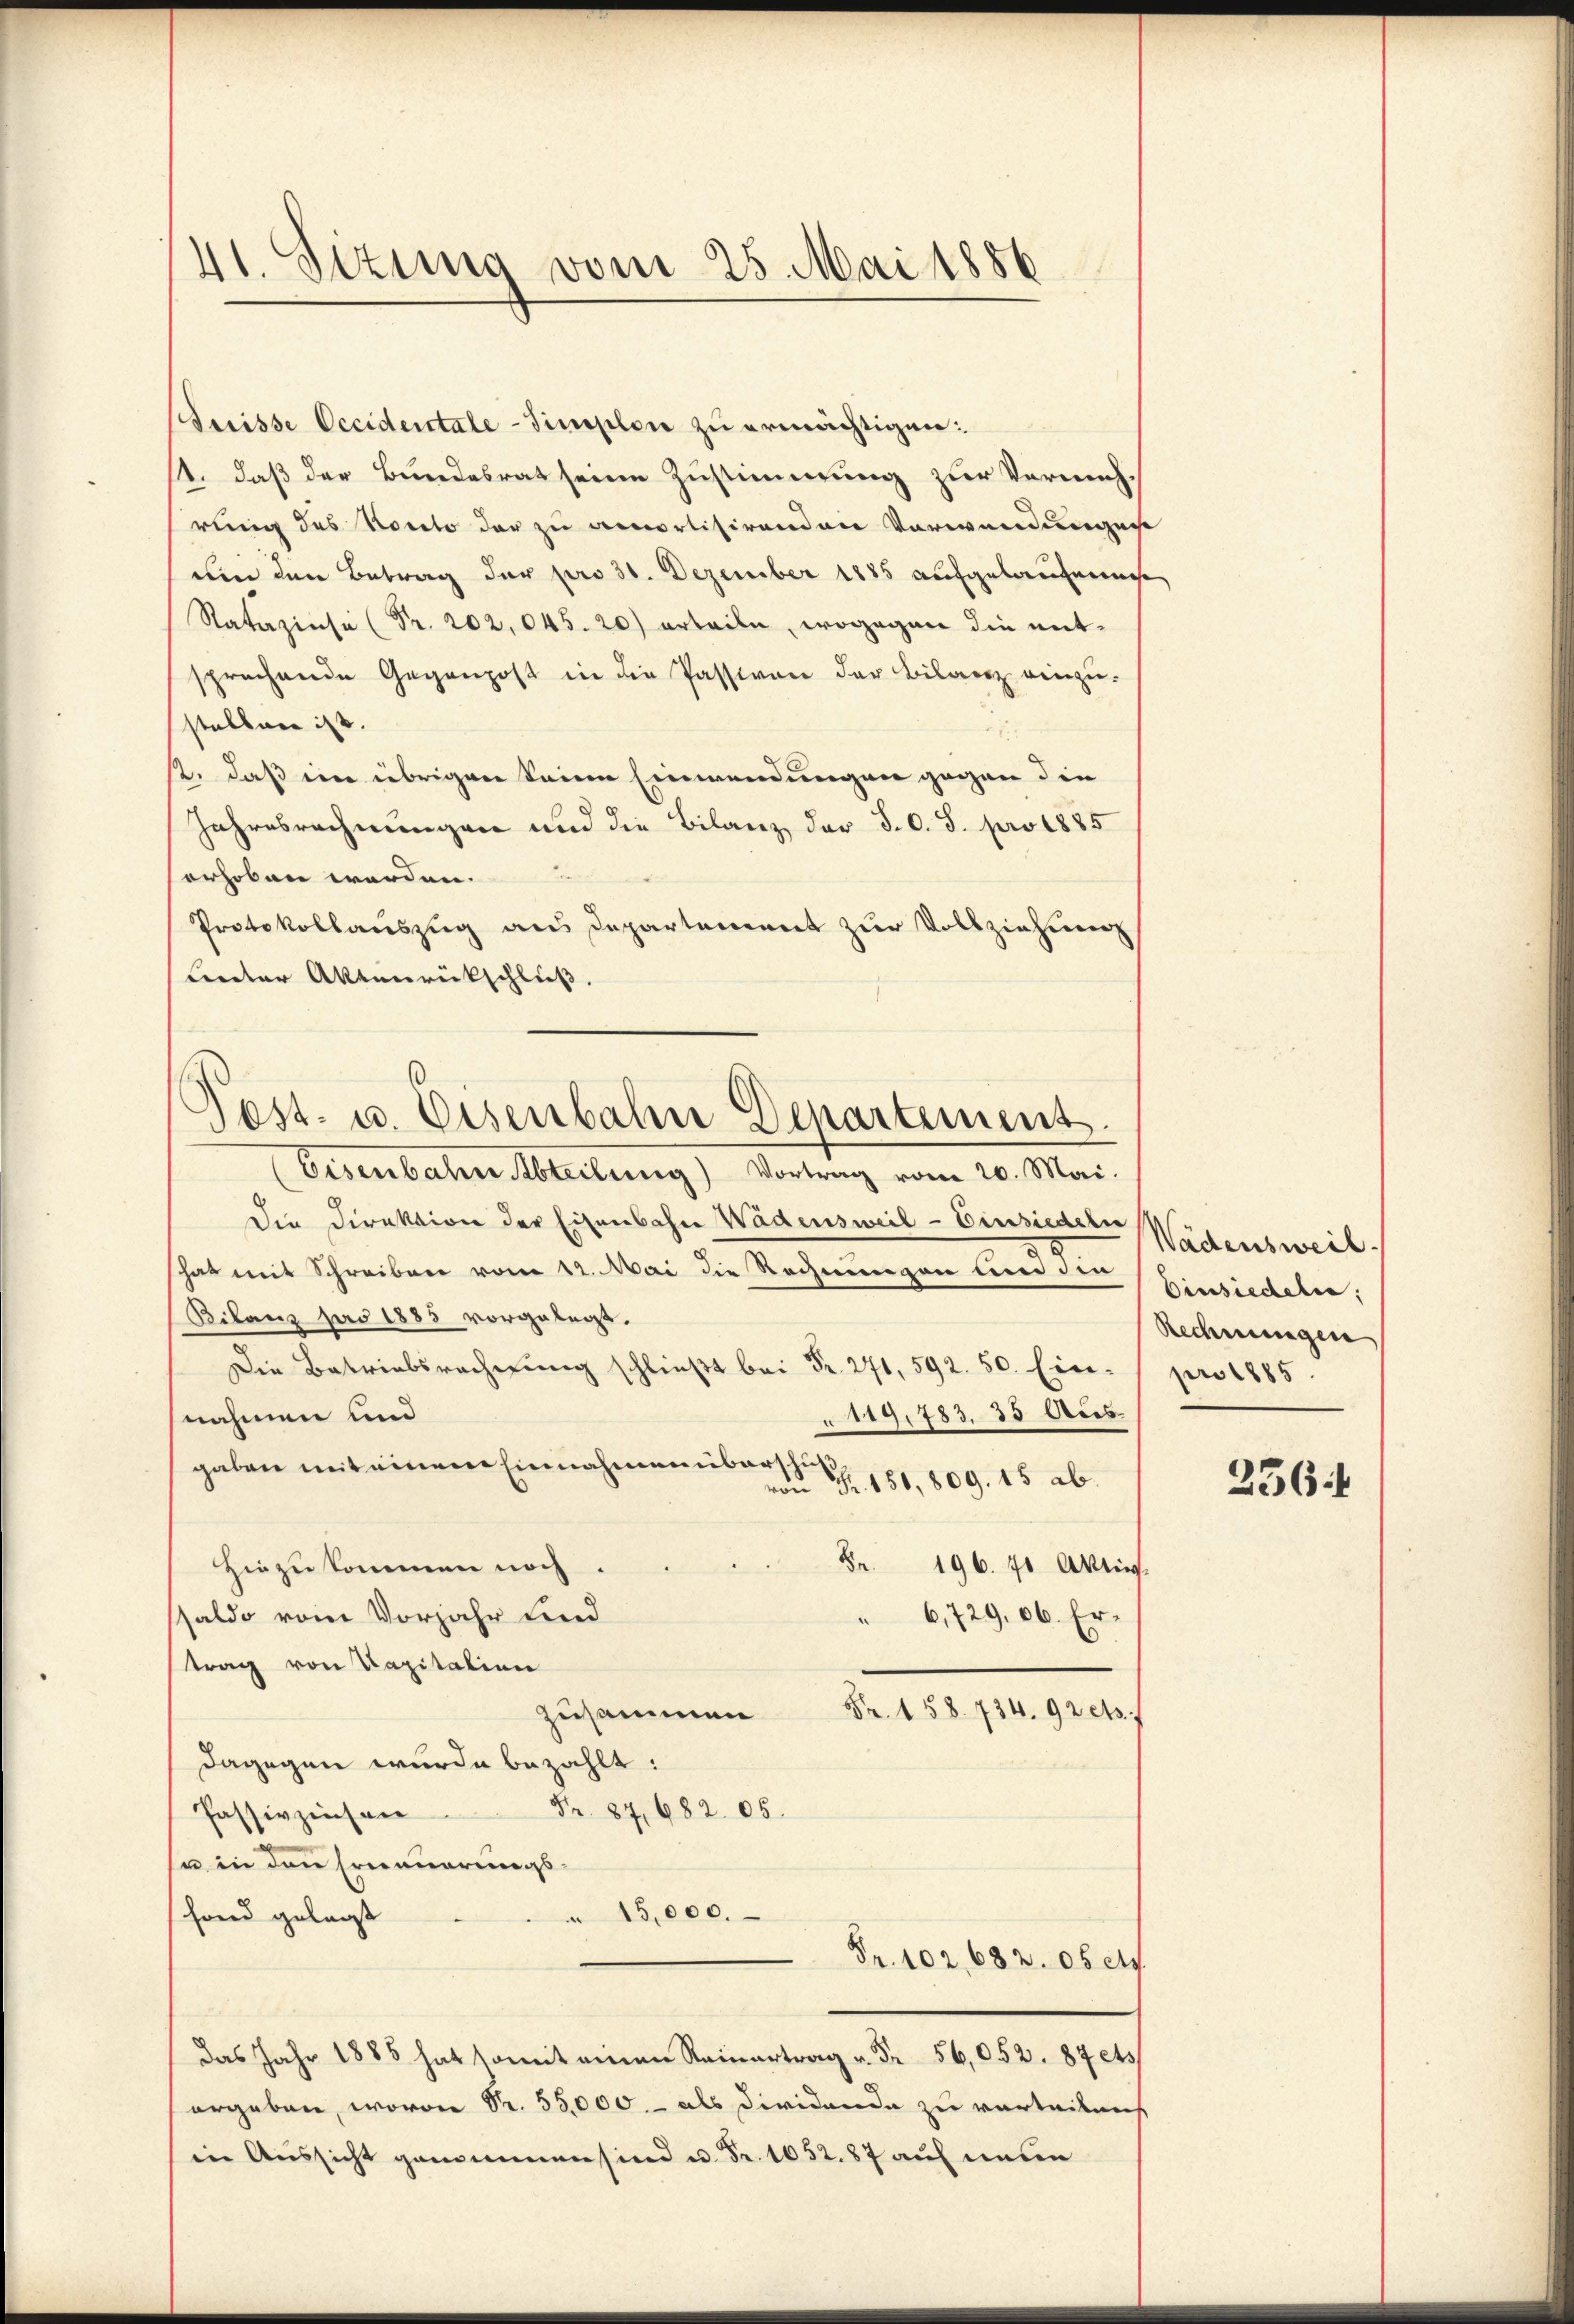
41. Situng vom 25. Mai 1886

Pest. u. Eisenbahn Departement

Buisse Occidentale-Simplen zu ermächtigen:
11. daß der Bundesrat seine Zustimmung zur Vermehrung des Konto der zu amortisirenden Verwendungen
um den Betrag der pro 31. Dezember 1885 aufgelaufenwese
Ratazinse (Pr. 202,045. 20) erteile, wogegen die mitsprechende Gegenpost in die Passiven der Bilanz einzu-
stellen ist.
2. daß ein übrigen keine Einwendungen gegen die
Jahresrechnungen und die Bilanz der §. 0. 8. pro 1885
erhoben werden.
Protokollauszug aus Departement zur Vollziehung
Leecter Aktenrückschluß.
Eisenbahn Abteilung) Vortrag vom 20. Mai.
Die Direktion der Eisenbahn Wädensweil - Einsiedeln
hat mit Schreiben vom 11. Mai die Rechnungen und die
Bilanz pro 1885 vorgelegt.
Die Betriebsrechnŭng schlieβt 271, 592. 50. Ein¬
119,783. 35 Aus
nahmen und
gaben mit einem Einnahmen übert zuvon Fr. 181, 809. 15 ab.
8. 196. 70 Aktiv-
Hinzukommen noch.
saldo vom Vorjahr find
6,729,06. Ertrag von Kapitalien
Fr. 158. 734. 92 ets
zusammen
dagegen wurde bezahlt:
Fr. 87, 682. 06.
Passivzinsen
sn in den Erneuerungs¬
 15,000.
shand gelegt
Fr. 102, 682. 06 et
das Jahr 1885 hat somit einen Reinertrag Fr. 56,052. 87 ets
ergeben, wovon Sr. 55,000.- als dividande zu verteilens
in Aussicht genommen sind u. Fr. 1052.87 auf unten

Wädensweil.
Einsiedeln,
Rechnungen
pro 1885.
236.